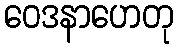
ဝေဒနာဟေတု